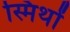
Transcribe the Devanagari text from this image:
स्मिथों